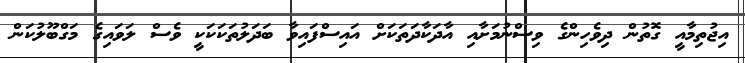
އިޖުތިމާއީ ގޮތުން ދިވެހިންގެ ވިސްނުމަށާއި އާދަކާދަތަކަށް އައިސްފައިވާ ބަދަލުތަކަކަކީ ވެސް ލަވައިގެ މަގްބޫލުކަން